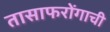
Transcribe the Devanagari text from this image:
तासाफरोंगाची